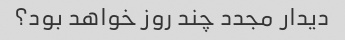
دیدار مجدد چند روز خواهد بود؟